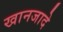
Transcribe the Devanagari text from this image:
खानजादे